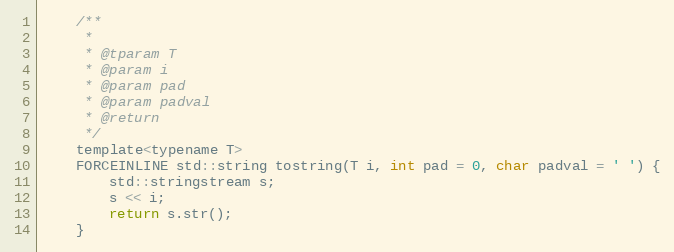
Language: C
    /**
     *
     * @tparam T
     * @param i
     * @param pad
     * @param padval
     * @return
     */
    template<typename T>
    FORCEINLINE std::string tostring(T i, int pad = 0, char padval = ' ') {
        std::stringstream s;
        s << i;
        return s.str();
    }